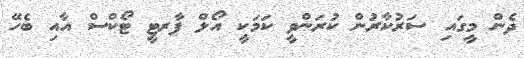
ދެން މީގައި ސަރުކާރުން ކުރަންވީ ކަމަކީ އޯލް ޕާރޓީ ޓޯކްސް އާއި ބެހޭ